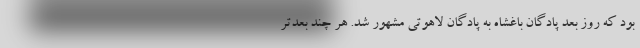
بود که روز بعد پادگان باغشاه به پادگان لاهوتی مشهور شد. هر چند بعدتر